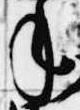
年